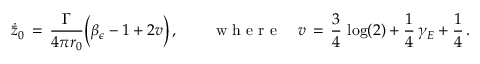
\dot { \bar { z } } _ { 0 } \, = \, \frac { \Gamma } { 4 \pi r _ { 0 } } \Bigl ( \beta _ { \epsilon } - 1 + 2 v \Bigr ) \, , \qquad \mathrm { ~ w ~ h ~ e ~ r ~ e ~ } \quad v \, = \, \frac { 3 } { 4 } \, \log ( 2 ) + \frac { 1 } { 4 } \, \gamma _ { E } + \frac { 1 } { 4 } \, .